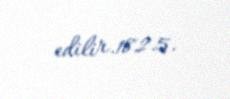
edilir.182.5.